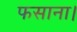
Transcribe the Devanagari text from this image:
फसाना।